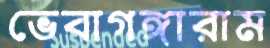
ভেবাগঙ্গারাম